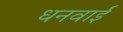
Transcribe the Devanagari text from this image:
धनवाई